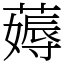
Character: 薅